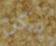
يمكن